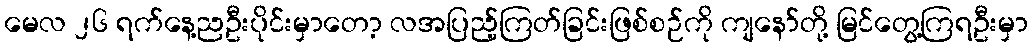
မေလ ၂၆ ရက်နေ့ညဦးပိုင်းမှာတော့ လအပြည့်ကြတ်ခြင်းဖြစ်စဉ်ကို ကျနော်တို့ မြင်တွေ့ကြရဦးမှာ